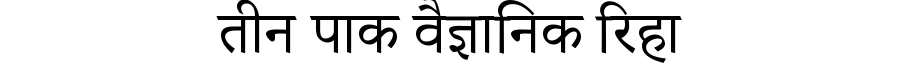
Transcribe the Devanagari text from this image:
तीन पाक वैज्ञानिक रिहा